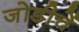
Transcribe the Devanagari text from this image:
जोडीचें